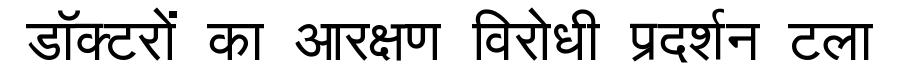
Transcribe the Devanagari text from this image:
डॉक्टरों का आरक्षण विरोधी प्रदर्शन टला